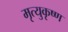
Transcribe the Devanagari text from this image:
मृत्युकृष्ण